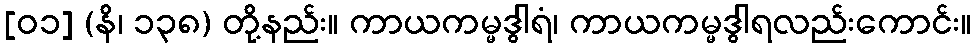
[၀၁] (နိ၊ ၁၃၈) တို့နည်း။ ကာယကမ္မဒွါရံ၊ ကာယကမ္မဒွါရလည်းကောင်း။